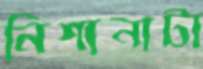
নিশানাটা